Vaccination in Burma 1900-1911 - 1900-1911
Year: 1900
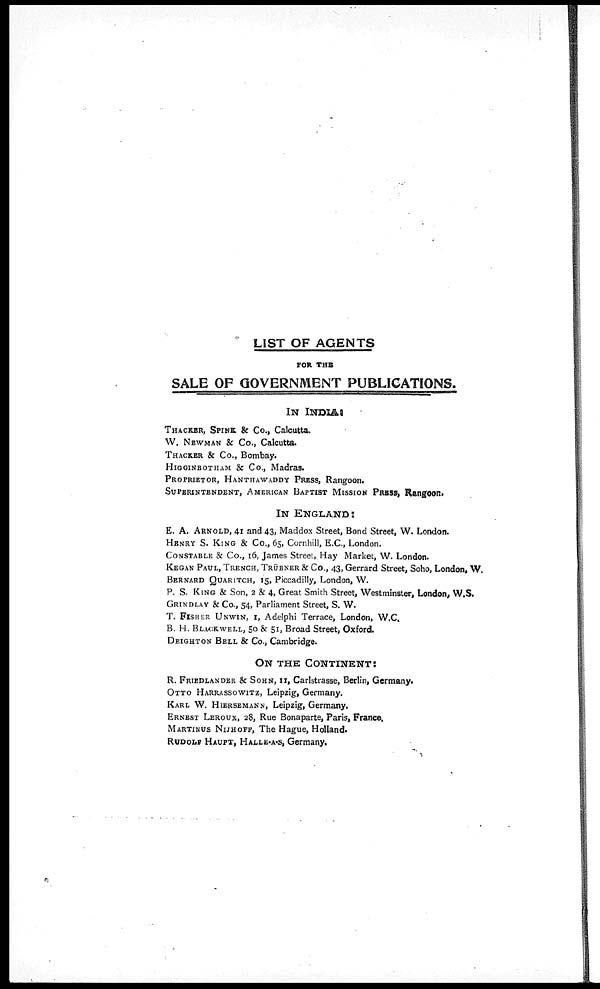
LIST OF AGENTS
FOR THE
SALE OF GOVERNMENT PUBLICATIONS.
IN INDIA :
THACKER, SPINK & Co., Calcutta.
W. NEWMAN & Co., Calcutta.
THACKER & Co., Bombay.
HIGGINBOTHAM & Co., Madras.
PROPRIETOR, HANTHAWADDY PRESS, Rangoon.
SUPERINTENDENT, AMERICAN BAPTIST MISSION PRESS, Rangoon.
IN ENGLAND:
E. A. ARNOLD, 41 and 43, Maddox Street, Bond Street, W. London.
HENRY S. KING & Co., 65, Cornhill, E.C., London.
CONSTABLE & Co., 16, James Street, Hay Market, W. London.
KEGAN PAUL, TRENCH, TRÜBNER & Co., 43, Gerrard Street, Soho, London, W.
BERNARD QUARITCH, 15, Piccadilly, London, W.
P. S. KING & Son, 2 & 4, Great Smith Street, Westminster, London, W.S.
GRINDLAY & Co., 54, Parliament Street, S. W.
T. FISHER UNWIN, 1, Adelphi Terrace, London, W.C.
B. H. BLACKWELL, 50 & 51, Broad Street, Oxford.
DEIGHTON BELL & Co., Cambridge.
ON THE CONTINENT:
R. FRIEDLANDER & SOHN, 11, Carlstrasse, Berlin, Germany.
OTTO HARRASSOWITZ, Leipzig, Germany.
KARL W. HIERSEMANN, Leipzig, Germany.
ERNEST LEROUX, 28, Rue Bonaparte, Paris, France.
MARTINUS NIJHOFF, The Hague, Holland.
RUDOLF HAUPT, HALLE-A-S, Germany.